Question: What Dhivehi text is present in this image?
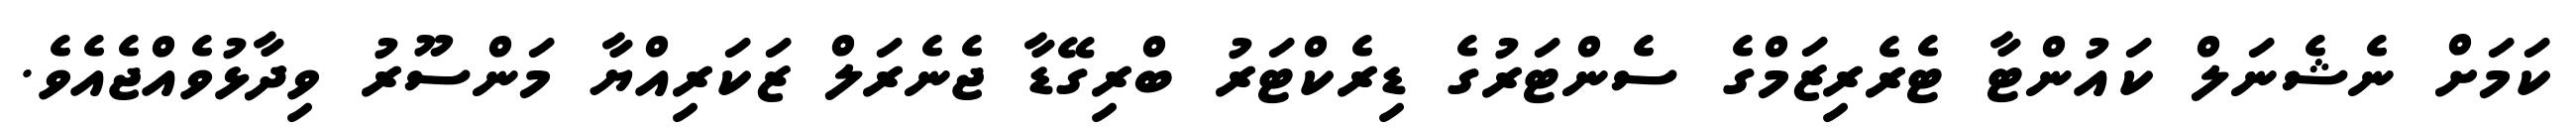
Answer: ކަމަށް ނެޝެނަލް ކައުންޓާ ޓެރެރިޒަމްގެ ސެންޓަރުގެ ޑިރެކްޓަރު ބްރިގޭޑާ ޖެނެރަލް ޒަކަރިއްޔާ މަންސޫރު ވިދާޅުވެއްޖެއެވެ.